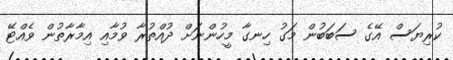
ކުރިޔަސް އޭގެ ސަބަބުން މަގު ހިނގާ މީހުންނަށް ދުއްތުރާ ވުމާއި އިމާރާތުން ވެއްޓޭ